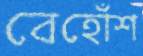
বেহোঁশ